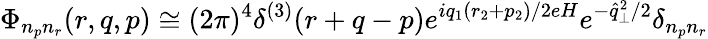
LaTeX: \Phi_{n_{p}n_{r}}(r,q,p)\cong(2\pi)^{4}\delta^{(3)}(r+q-p)e^{iq_{1}(r_{2}+p_{2})/2eH}e^{-\widehat{q}_{\perp}^{2}/2}\delta_{n_{p}n_{r}}